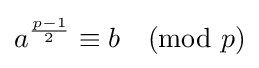
a^{\frac {p-1}{2}}\equiv b{\pmod {p}}